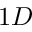
1 D